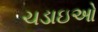
ચડાઇઓ